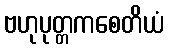
ဗဟုပုတ္တကစေတိယံ